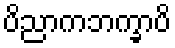
ပိညာကဘက္ခာပိ